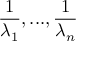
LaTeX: { \frac { 1 } { \lambda _ { 1 } } } , . . . , { \frac { 1 } { \lambda _ { n } } }